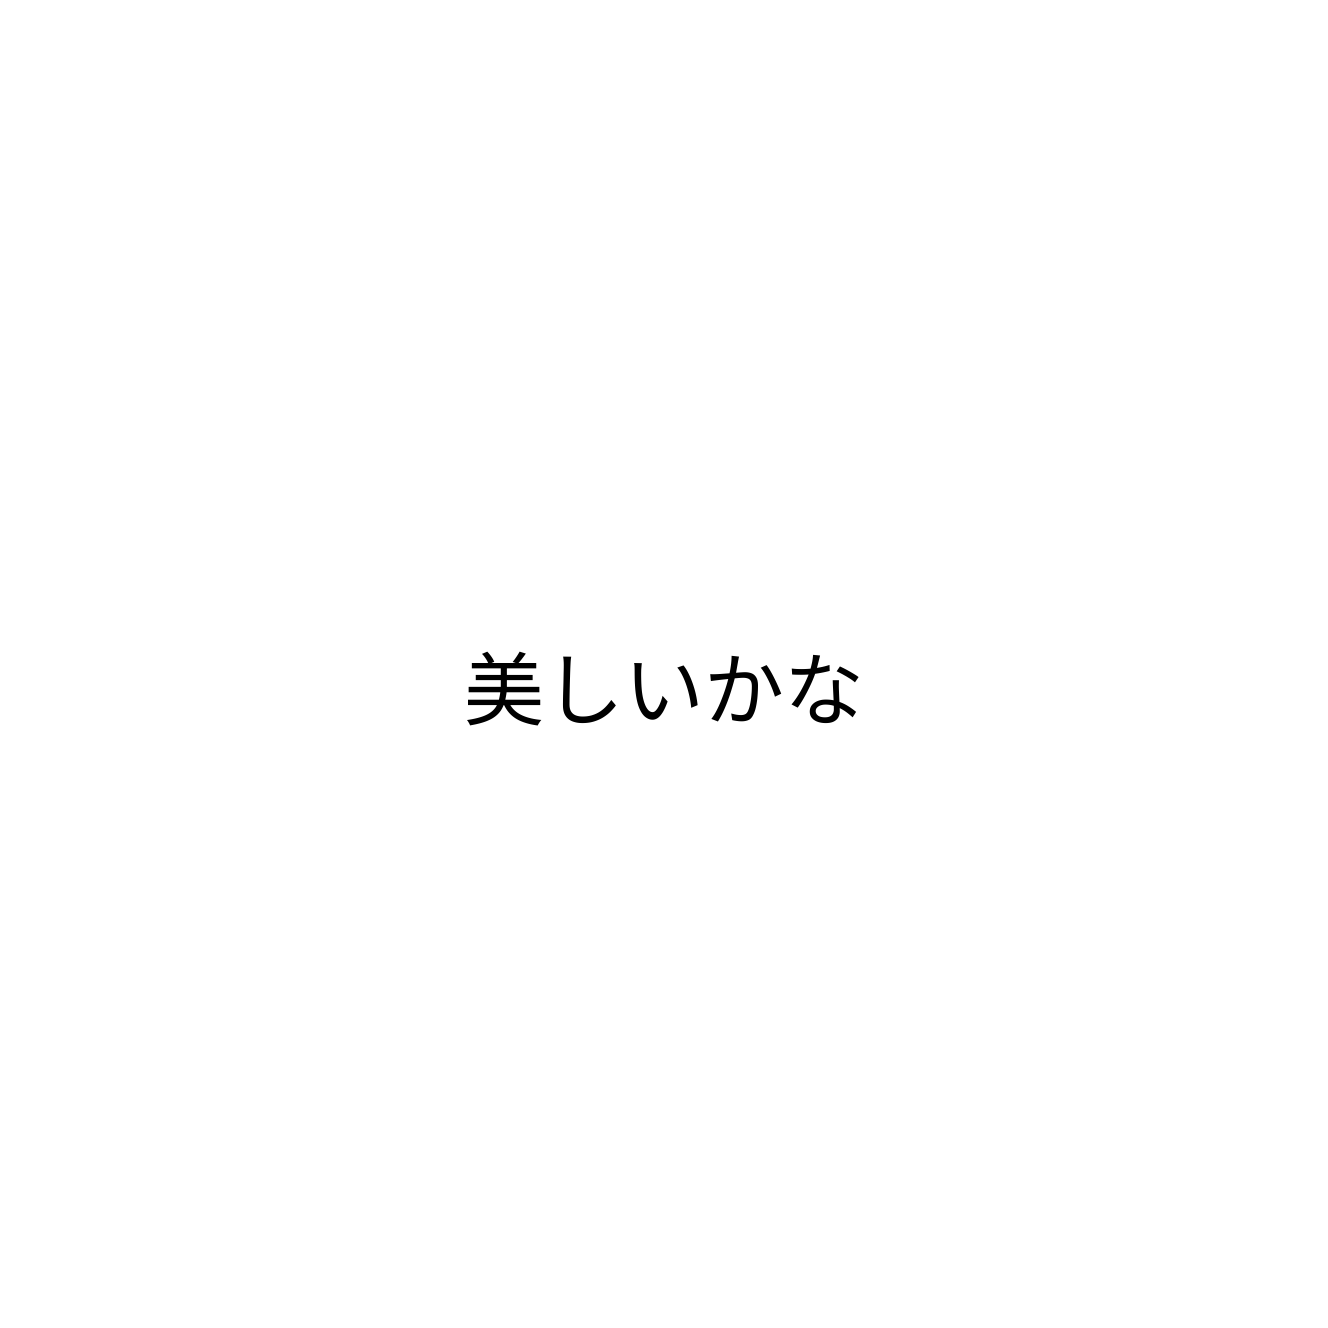
美しいかな